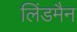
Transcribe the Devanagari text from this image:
लिंडमैन